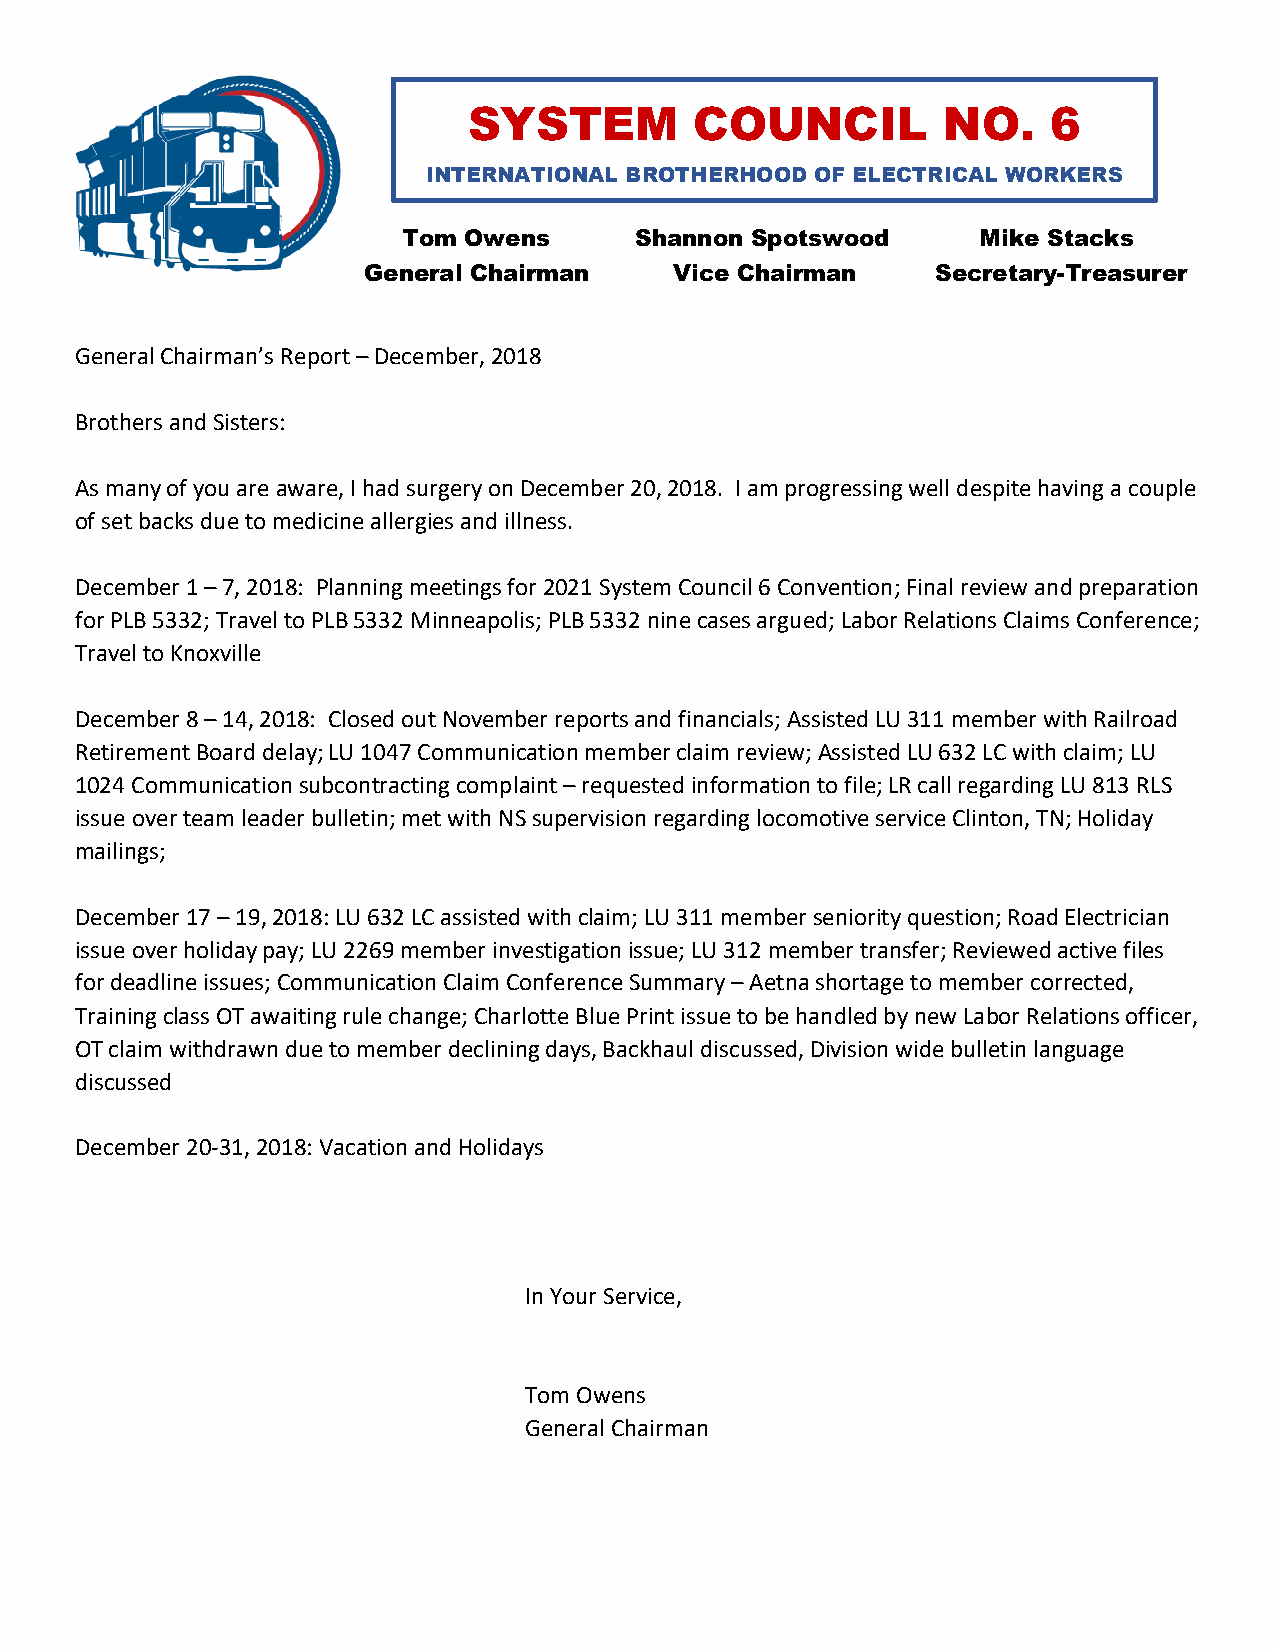
SYSTEM         COUNCIL         NO.     6
 INTERNATIONAL BROTHERHOOD OF ELECTRICAL WORKERS
 Tom Owens      Shannon Spotswood      Mike Stacks
 General Chairman     Vice Chairman    Secretary-Treasurer
 General Chairman’s Report – December, 2018
 Brothers and Sisters:
 As many of you are aware, I had surgery on December 20, 2018. I am progressing well despite having a couple
 of set backs due to medicine allergies and illness.
 December 1 – 7, 2018: Planning meetings for 2021 System Council 6 Convention; Final review and preparation
 for PLB 5332; Travel to PLB 5332 Minneapolis; PLB 5332 nine cases argued; Labor Relations Claims Conference;
 Travel to Knoxville
 December 8 – 14, 2018: Closed out November reports and financials; Assisted LU 311 member with Railroad
 Retirement Board delay; LU 1047 Communication member claim review; Assisted LU 632 LC with claim; LU
 1024 Communication subcontracting complaint – requested information to file; LR call regarding LU 813 RLS
 issue over team leader bulletin; met with NS supervision regarding locomotive service Clinton, TN; Holiday
 mailings;
 December 17 – 19, 2018: LU 632 LC assisted with claim; LU 311 member seniority question; Road Electrician
 issue over holiday pay; LU 2269 member investigation issue; LU 312 member transfer; Reviewed active files
 for deadline issues; Communication Claim Conference Summary – Aetna shortage to member corrected,
 Training class OT awaiting rule change; Charlotte Blue Print issue to be handled by new Labor Relations officer,
 OT claim withdrawn due to member declining days, Backhaul discussed, Division wide bulletin language
 discussed
 December 20-31, 2018: Vacation and Holidays
 In Your Service,
 Tom Owens
 General Chairman